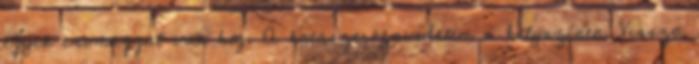
egyik csomaggal van baj. A katasztrófavédelem a helyszínen. Vissza